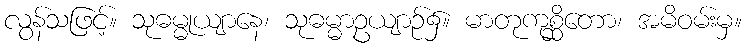
လွန်သဖြင့်။ သုဓမ္မုယျာနေ၊ သုဓမ္မာဥယျာဉ်၌။ မာတုကုစ္ဆိတော၊ အမိဝမ်းမှ။